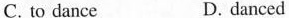
C. to dance D. danced